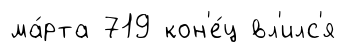
ма́рта 719 кон'е́ц вл'илс'я